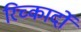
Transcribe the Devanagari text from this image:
रिच्कार्दो